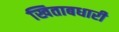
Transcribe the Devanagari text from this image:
खिताबधारी